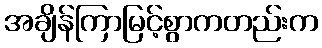
အချိန်ကြာမြင့်စွာကတည်းက